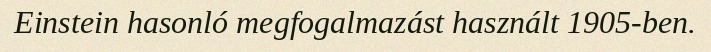
Einstein hasonló megfogalmazást használt 1905-ben.